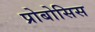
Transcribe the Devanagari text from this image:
प्रोबोसिस